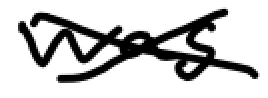
Text: was
Cross-out: cross
Writing tool: digital_black